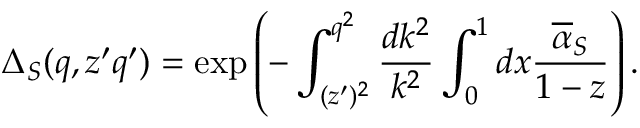
\Delta _ { S } ( q , z ^ { \prime } q ^ { \prime } ) = \exp \left( - \int _ { ( z ^ { \prime } ) ^ { 2 } } ^ { q ^ { 2 } } \frac { d k ^ { 2 } } { k ^ { 2 } } \int _ { 0 } ^ { 1 } d x \frac { { \overline { { \alpha } } } _ { S } } { 1 - z } \right) .